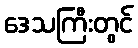
ဒေသကြီးတွင်